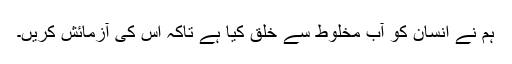
ہم نے انسان کو آبِ مخلوط سے خلق کیا ہے تاکہ اس کی آزمائش کریں۔